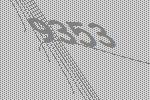
9353